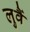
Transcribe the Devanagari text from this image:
लुवैं